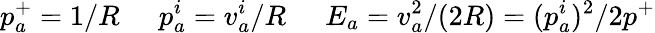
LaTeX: p_{a}^{+}=1/R\; \; \; \; \; p_{a}^{i}=v_{a}^{i}/R\; \; \; \; \; E_{a}=v_{a}^{2}/(2R)=(p_{a}^{i})^{2}/2p^{+}